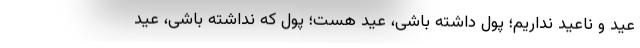
عید و ناعید نداریم؛ پول داشته باشی، عید هست؛ پول که نداشته باشی، عید